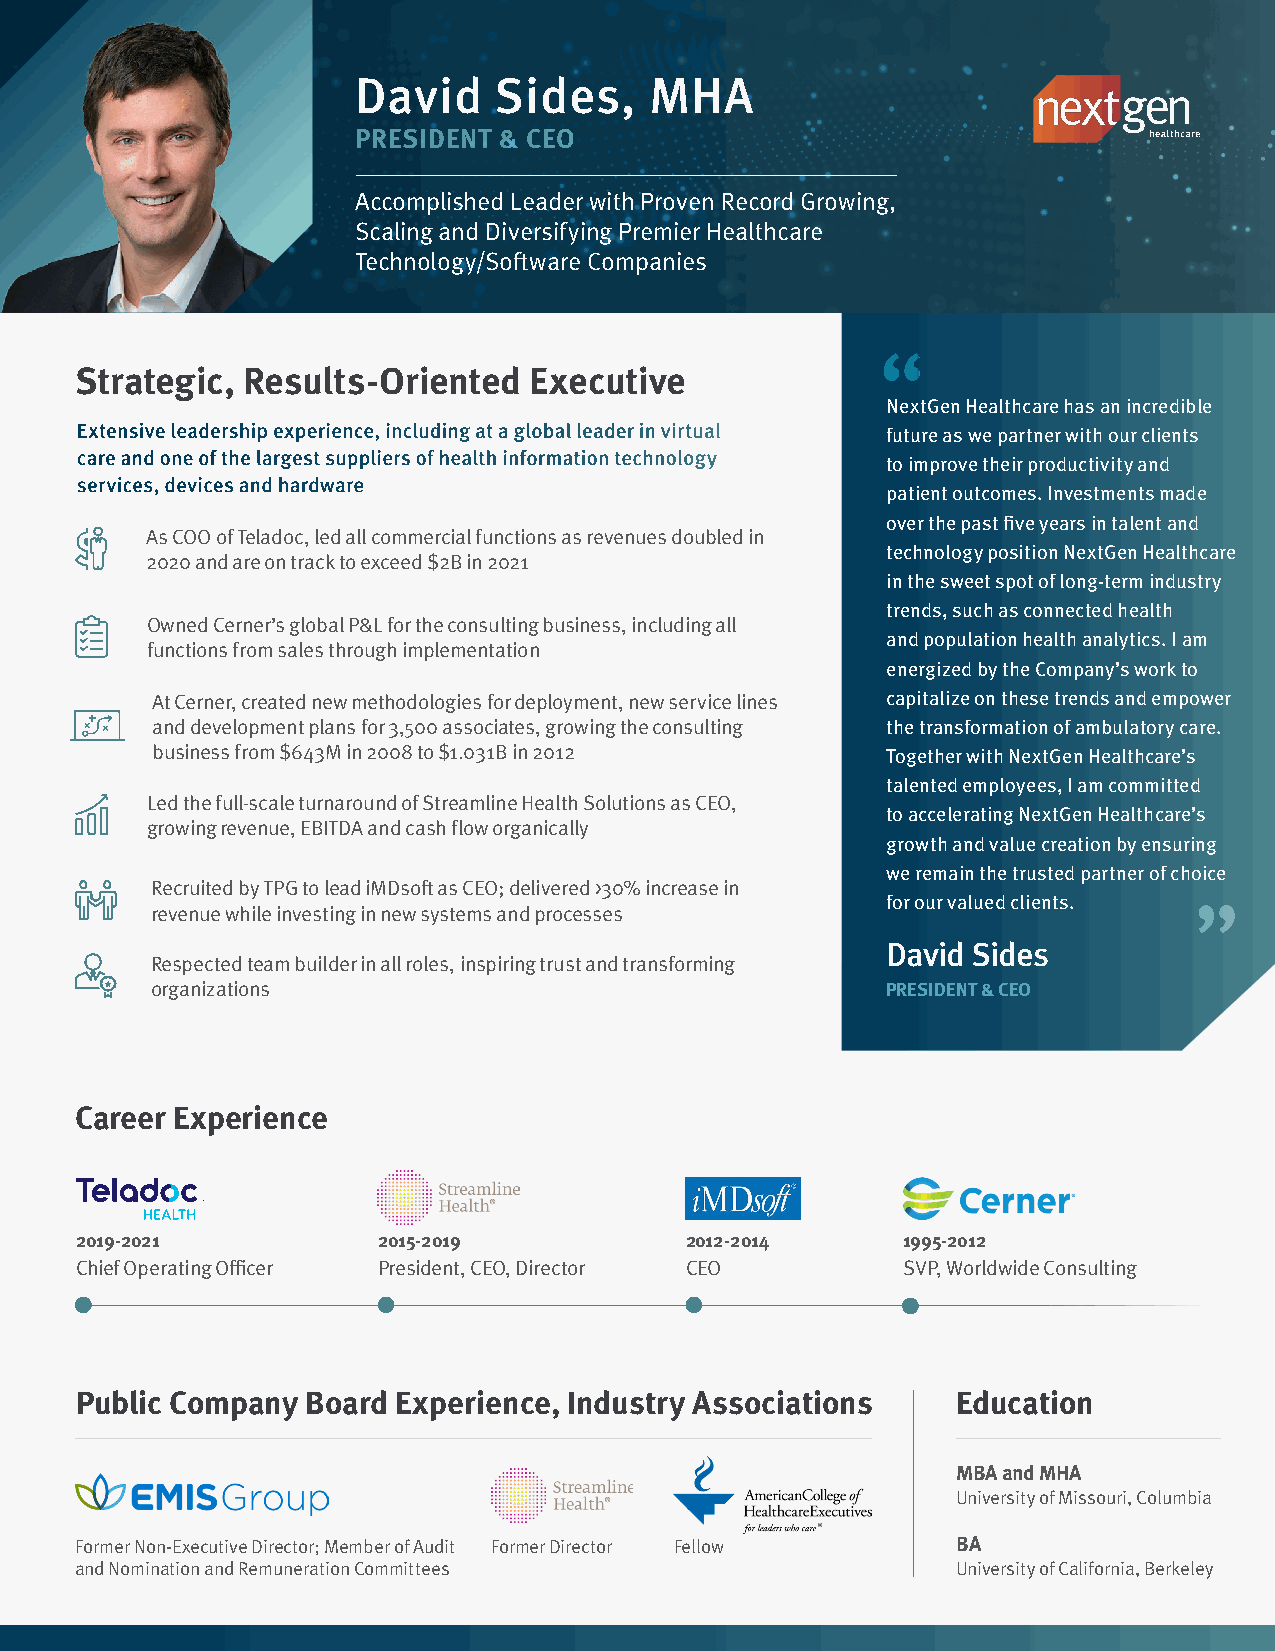
David    Sides,    MHA
 PRESIDENT & CEO
 Accomplished Leader with Proven Record Growing,
 Scaling and Diversifying Premier Healthcare
 Technology/Software Companies
 “
 Strategic, Results-Oriented   Executive
 NextGen Healthcare has an incredible
 Extensive leadership experience, including at a global leader in virtual future as we partner with our clients
 care and one of the largest suppliers of health information technology
 to improve their productivity and
 services, devices and hardware
 patient outcomes. Investments made
 over the past five years in talent and
 As COO of Teladoc, led all commercial functions as revenues doubled in
 technology position NextGen Healthcare
 2020 and are on track to exceed $2B in 2021
 in the sweet spot of long-term industry
 trends, such as connected health
 Owned Cerner’s global P&L for the consulting business, including all
 and population health analytics. I am
 functions from sales through implementation
 energized by the Company’s work to
 At Cerner, created new methodologies for deployment, new service lines capitalize on these trends and empower
 and development plans for 3,500 associates, growing the consulting the transformation of ambulatory care.
 business from $643M in 2008 to $1.031B in 2012   Together with NextGen Healthcare’s
 talented employees, I am committed
 Led the full-scale turnaround of Streamline Health Solutions as CEO,
 to accelerating NextGen Healthcare’s
 growing revenue, EBITDA and cash flow organically
 growth and value creation by ensuring
 we remain the trusted partner of choice
 Recruited by TPG to lead iMDsoft as CEO; delivered >30% increase in
 for our valued clients.
 revenue while investing in new systems and processes                 ”
 David Sides
 Respected team builder in all roles, inspiring trust and transforming
 organizations                                    PRESIDENT & CEO
 Career Experience
 2019-2021           2015-2019           2012-2014      1995-2012
 Chief Operating Officer President, CEO, Director CEO   SVP, Worldwide Consulting
 Public Company Board Experience, Industry Associations    Education
 MBA and MHA
 University of Missouri, Columbia
 Former Non-Executive Director; Member of Audit Former Director Fellow BA
 and Nomination and Remuneration Committees                University of California, Berkeley